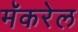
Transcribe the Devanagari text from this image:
मॅकरेल